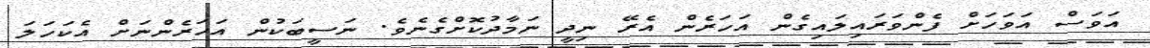
އަވަސް އަވަހަށް ފެންވަރައިލައިގެން އަހަރެން އެރޭ ނިދީ ނަމާދުކޮށްގެނެވެ. ނަސީބަކުން އަހަރެންނަށް އެކަހަލަ